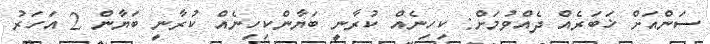
ސަންއަށް ޚަބަރެއް ދެއްވުމަށް: ކިހިނެއް ކުރާނީ ބަޔާންކިހިނެއް ކުރާނީ ބަޔާން 2 އަހަރު